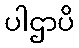
ပါဌာပိ